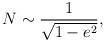
LaTeX: \begin{align*}N\sim\frac{1}{\sqrt{1-e^2}},\end{align*}